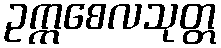
ဥက္ကစေလသုတ္တ